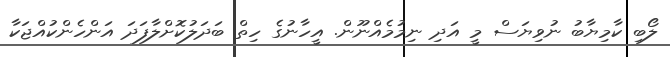
ލޯބި ކާމިޔާބު ނުވިޔަސް މީ އަދި ނިމުމެއްނޫން. އީހާނުގެ ހިތް ބަދަލުކޮށްލާފަދަ އަންހެންކުއްޖަކާ